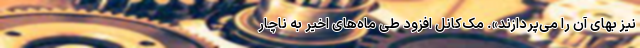
نیز بهای آن را می‌پردازند». مک‌کانل افزود طی ماه‌های اخیر به ناچار